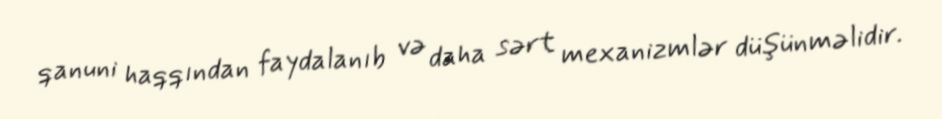
qanuni haqqından faydalanıb və daha sərt mexanizmlər düşünməlidir.